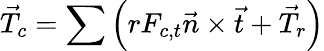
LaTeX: \vec{T}_{c}=\sum\left(rF_{c,t}\vec{n}\times\vec{t}+\vec{T}_{r}\right)